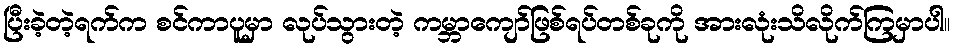
ပြီးခဲ့တဲ့ရက်က စင်ကာပူမှာ လုပ်သွားတဲ့ ကမ္ဘာကျော်ဖြစ်ရပ်တစ်ခုကို အားလုံးသိလိုက်ကြမှာပါ။